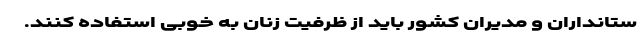
ستانداران و مدیران کشور باید از ظرفیت زنان به خوبی استفاده کنند.